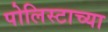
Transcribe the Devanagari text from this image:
पोलिस्टाच्या